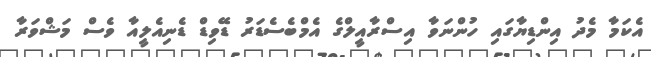
އެކަމާ މެދު އިންޑިޔާގައި ހުންނަވާ އިސްރާއީލްގެ އެމްބެސެޑަރު ޑޭވިޑް ޑެނިއެލީއާ ވެސް މަޝްވަރާ